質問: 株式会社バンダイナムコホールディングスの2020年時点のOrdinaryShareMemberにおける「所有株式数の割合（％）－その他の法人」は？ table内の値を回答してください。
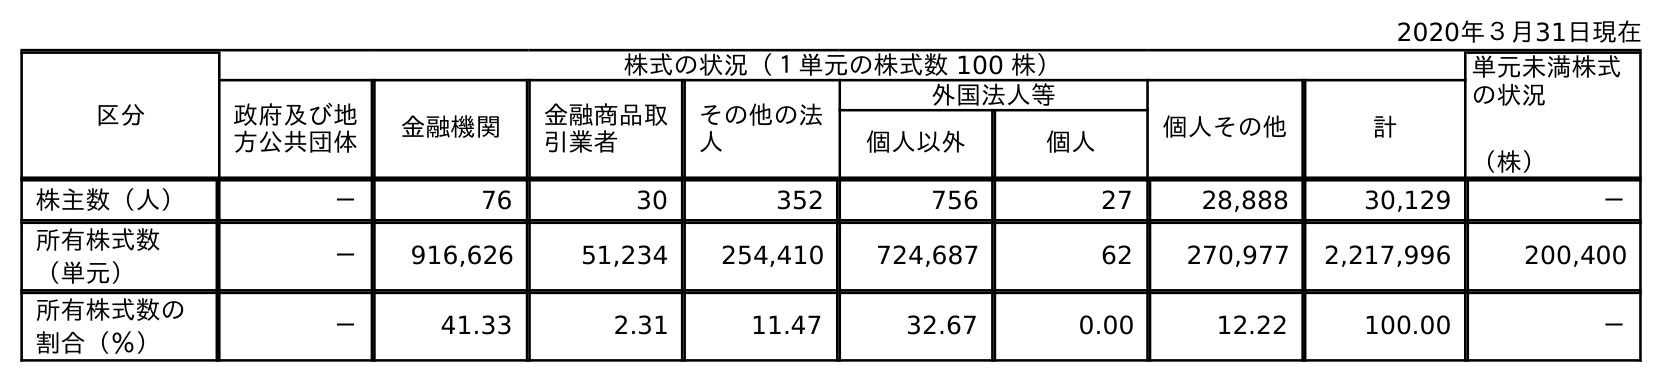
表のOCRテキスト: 2020年３月31日現在 区分 株式の状況（１単元の株式数 100 株） 単元未満株式 の状況 （株） 政府及び地 方公共団体 金融機関 金融商品取 引業者 その他の法 人 外国法人等 個人その他 計 個人以外 個人 株主数（人） － 76 30 352 756 27 28,888 30,129 － 所有株式数 （単元） － 916,626 51,234 254,410 724,687 62 270,977 2,217,996 200,400 所有株式数の 割合（％） － 41.33 2.31 11.47 32.67 0.00 12.22 100.00 －
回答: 11.47